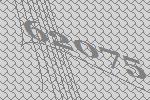
62075